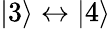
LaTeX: |3\rangle\leftrightarrow|4\rangle